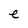
Character: e